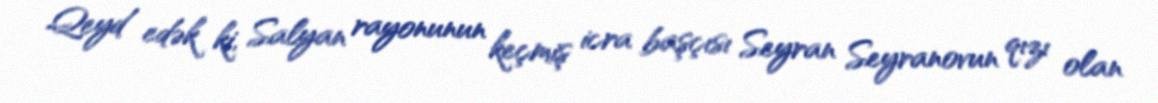
Qeyd edək ki, Salyan rayonunun keçmiş icra başçısı Seyran Seyranovun qızı olan